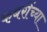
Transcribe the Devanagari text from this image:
कबरींच्या